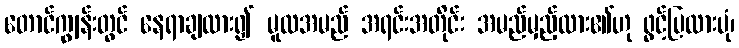
တောင်ကျွန်းတွင် နေရာချထား၍ မူလအမည် အရင်းအတိုင်း အမည်မှည့်ထား၏ဟု ဖွင့်ပြထားပုံ၊